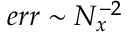
e r r \sim N _ { x } ^ { - 2 }